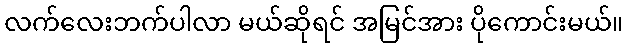
လက်လေးဘက်ပါလာ မယ်ဆိုရင် အမြင်အား ပိုကောင်းမယ်။